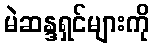
မဲဆန္ဒရှင်များကို